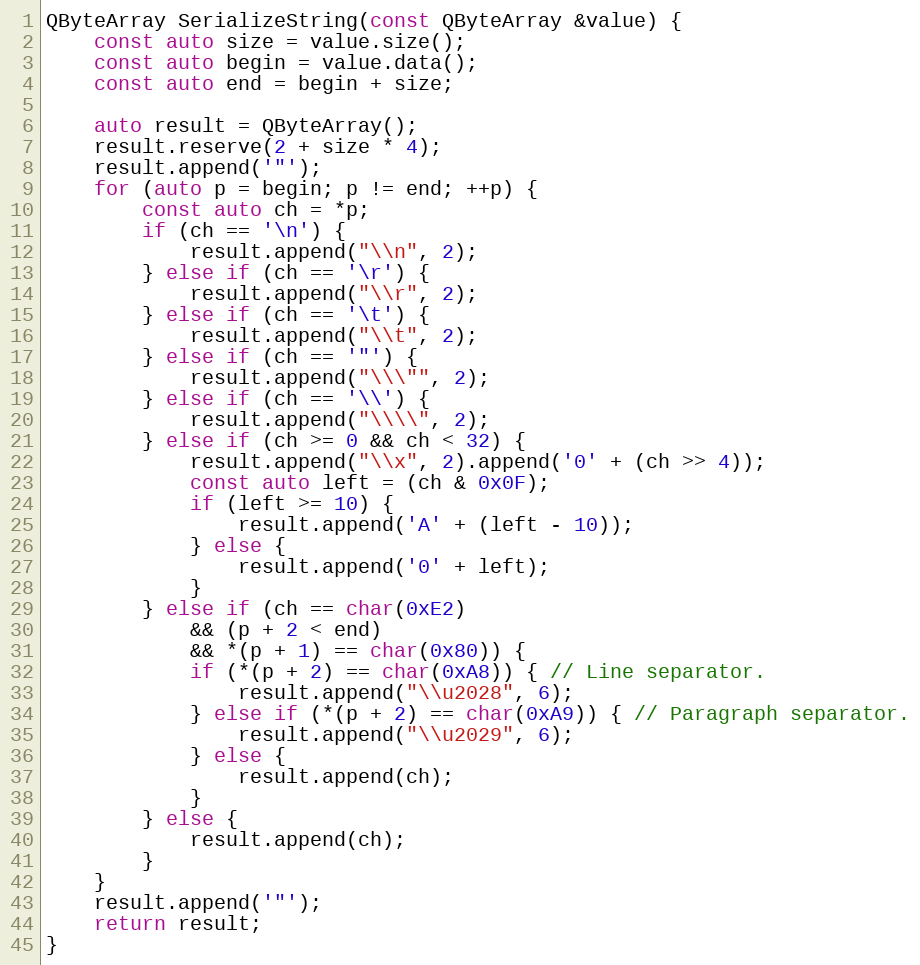
Language: C++
QByteArray SerializeString(const QByteArray &value) {
	const auto size = value.size();
	const auto begin = value.data();
	const auto end = begin + size;

	auto result = QByteArray();
	result.reserve(2 + size * 4);
	result.append('"');
	for (auto p = begin; p != end; ++p) {
		const auto ch = *p;
		if (ch == '\n') {
			result.append("\\n", 2);
		} else if (ch == '\r') {
			result.append("\\r", 2);
		} else if (ch == '\t') {
			result.append("\\t", 2);
		} else if (ch == '"') {
			result.append("\\\"", 2);
		} else if (ch == '\\') {
			result.append("\\\\", 2);
		} else if (ch >= 0 && ch < 32) {
			result.append("\\x", 2).append('0' + (ch >> 4));
			const auto left = (ch & 0x0F);
			if (left >= 10) {
				result.append('A' + (left - 10));
			} else {
				result.append('0' + left);
			}
		} else if (ch == char(0xE2)
			&& (p + 2 < end)
			&& *(p + 1) == char(0x80)) {
			if (*(p + 2) == char(0xA8)) { // Line separator.
				result.append("\\u2028", 6);
			} else if (*(p + 2) == char(0xA9)) { // Paragraph separator.
				result.append("\\u2029", 6);
			} else {
				result.append(ch);
			}
		} else {
			result.append(ch);
		}
	}
	result.append('"');
	return result;
}